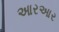
આરઆર